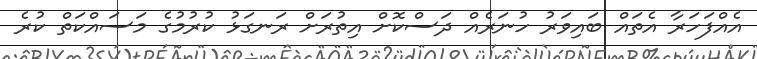
އެއްފަހަރާ އެތައް ބައިވަރު ހުނަރެއް ދަސްކޮށް އިތުރަށް ރަނގަޅު ކުރުމުގެ މަސައްކަތް ކުރެ